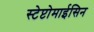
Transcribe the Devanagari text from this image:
स्टेप्टोमाईसिन